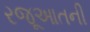
રજૂઆતની